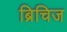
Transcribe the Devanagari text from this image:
ब्रिचिज